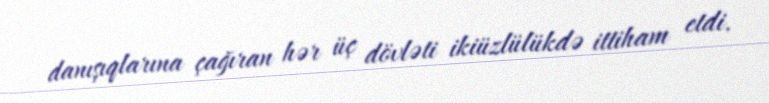
danışıqlarına çağıran hər üç dövləti ikiüzlülükdə ittiham etdi.